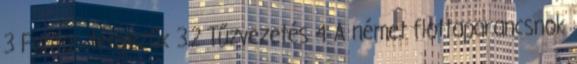
3 Fontos tényezők 3.2 Tűzvezetés 4 A német flottaparancsnok